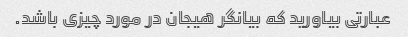
عبارتی بیاورید که بیانگر هیجان در مورد چیزی باشد.